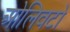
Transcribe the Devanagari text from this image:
ओलिवटो